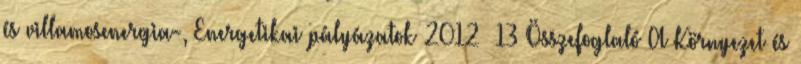
és villamosenergia-, Energetikai pályázatok 2012 13 Összefoglaló A Környezet és